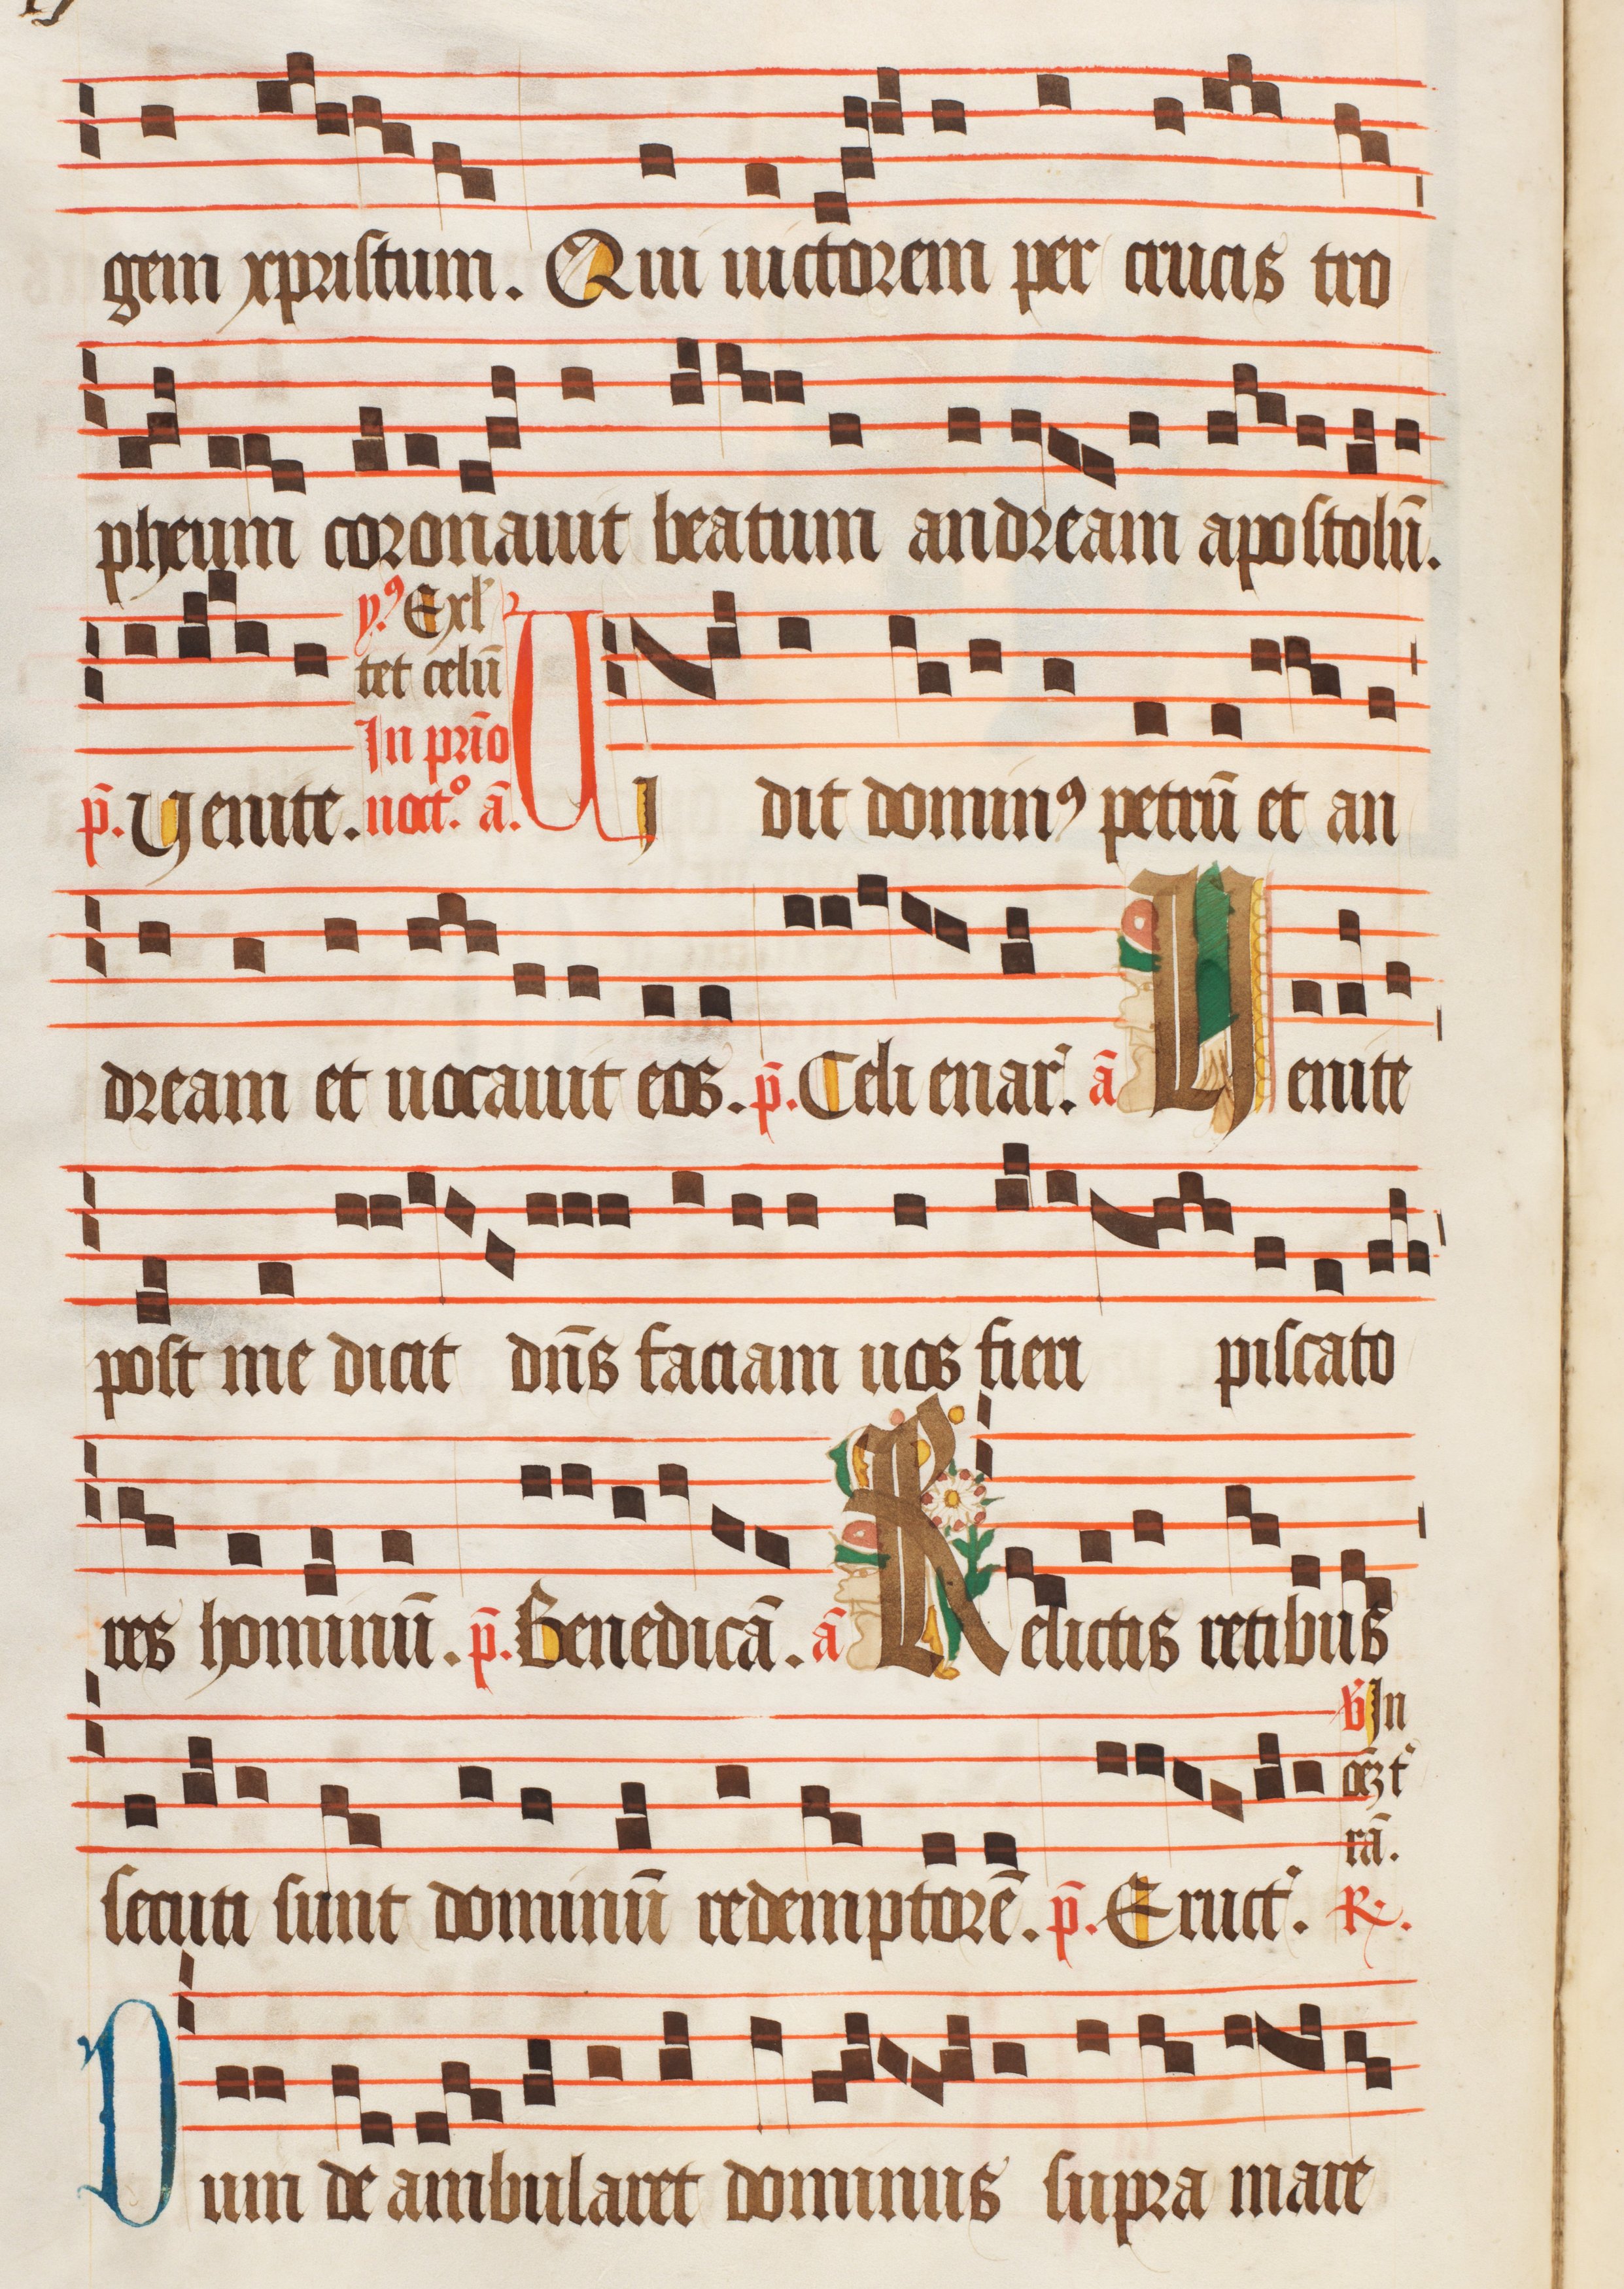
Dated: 1470–1505